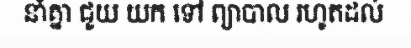
នាំគ្នា ជួយ យក ទៅ ព្យាបាល រហូតដល់